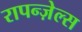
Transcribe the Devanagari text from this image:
रापन्ज़ेल्स